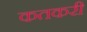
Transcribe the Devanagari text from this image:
कतकरी